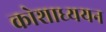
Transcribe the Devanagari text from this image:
कोशाध्ययन